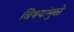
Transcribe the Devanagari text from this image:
विषयांमुळे